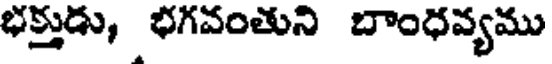
భక్తుడు, భగవంతుని బాంధవ్యము